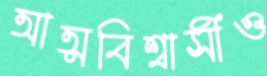
আত্মবিশ্বাসীও